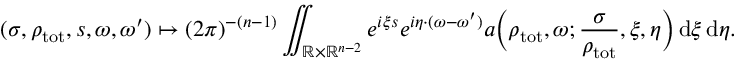
( \sigma , \rho _ { \mathrm { t o t } } , s , \omega , \omega ^ { \prime } ) \mapsto ( 2 \pi ) ^ { - ( n - 1 ) } \iint _ { \mathbb { R } \times \mathbb { R } ^ { n - 2 } } e ^ { i \xi s } e ^ { i \eta \cdot ( \omega - \omega ^ { \prime } ) } a \Bigl ( \rho _ { \mathrm { t o t } } , \omega ; \frac { \sigma } { \rho _ { \mathrm { t o t } } } , \xi , \eta \Bigr ) \, { \mathrm d } \xi \, { \mathrm d } \eta .